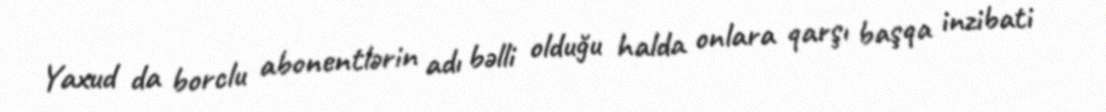
Yaxud da borclu abonentlərin adı bəlli olduğu halda onlara qarşı başqa inzibati